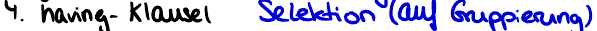
4. having- Klausel Selektion (auf Gruppierung)